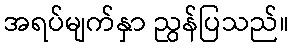
အရပ်မျက်နှာ ညွန်ပြသည်။